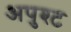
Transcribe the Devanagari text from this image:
अपुश्ट